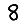
Digit: 8